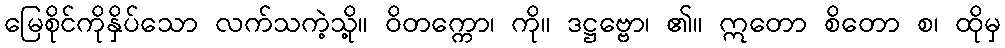
မြေစိုင်ကိုနှိပ်သော လက်သကဲ့သို့။ ဝိတက္ကော၊ ကို။ ဒဋ္ဌဗ္ဗော၊ ၏။ ဣတော စိတော စ၊ ထိုမှ